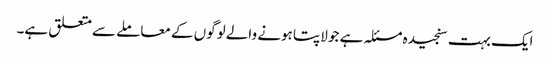
ایک بہت سنجیدہ مسئلہ ہے جو لاپتا ہونے والے لوگوں کے معاملے سے متعلق ہے۔